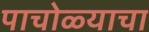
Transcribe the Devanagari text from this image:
पाचोळ्याचा